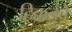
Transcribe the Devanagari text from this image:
हिक्कडुवे